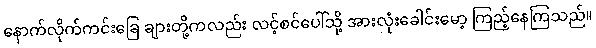
နောက်လိုက်ကင်းခြေ ချားတို့ကလည်း လင့်စင်ပေါ်သို့ အားလုံးခေါင်းမော့ ကြည့်နေကြသည်။